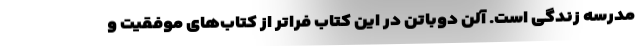
مدرسه زندگی است. آلن دوباتن در این کتاب فراتر از کتاب‌های موفقیت و